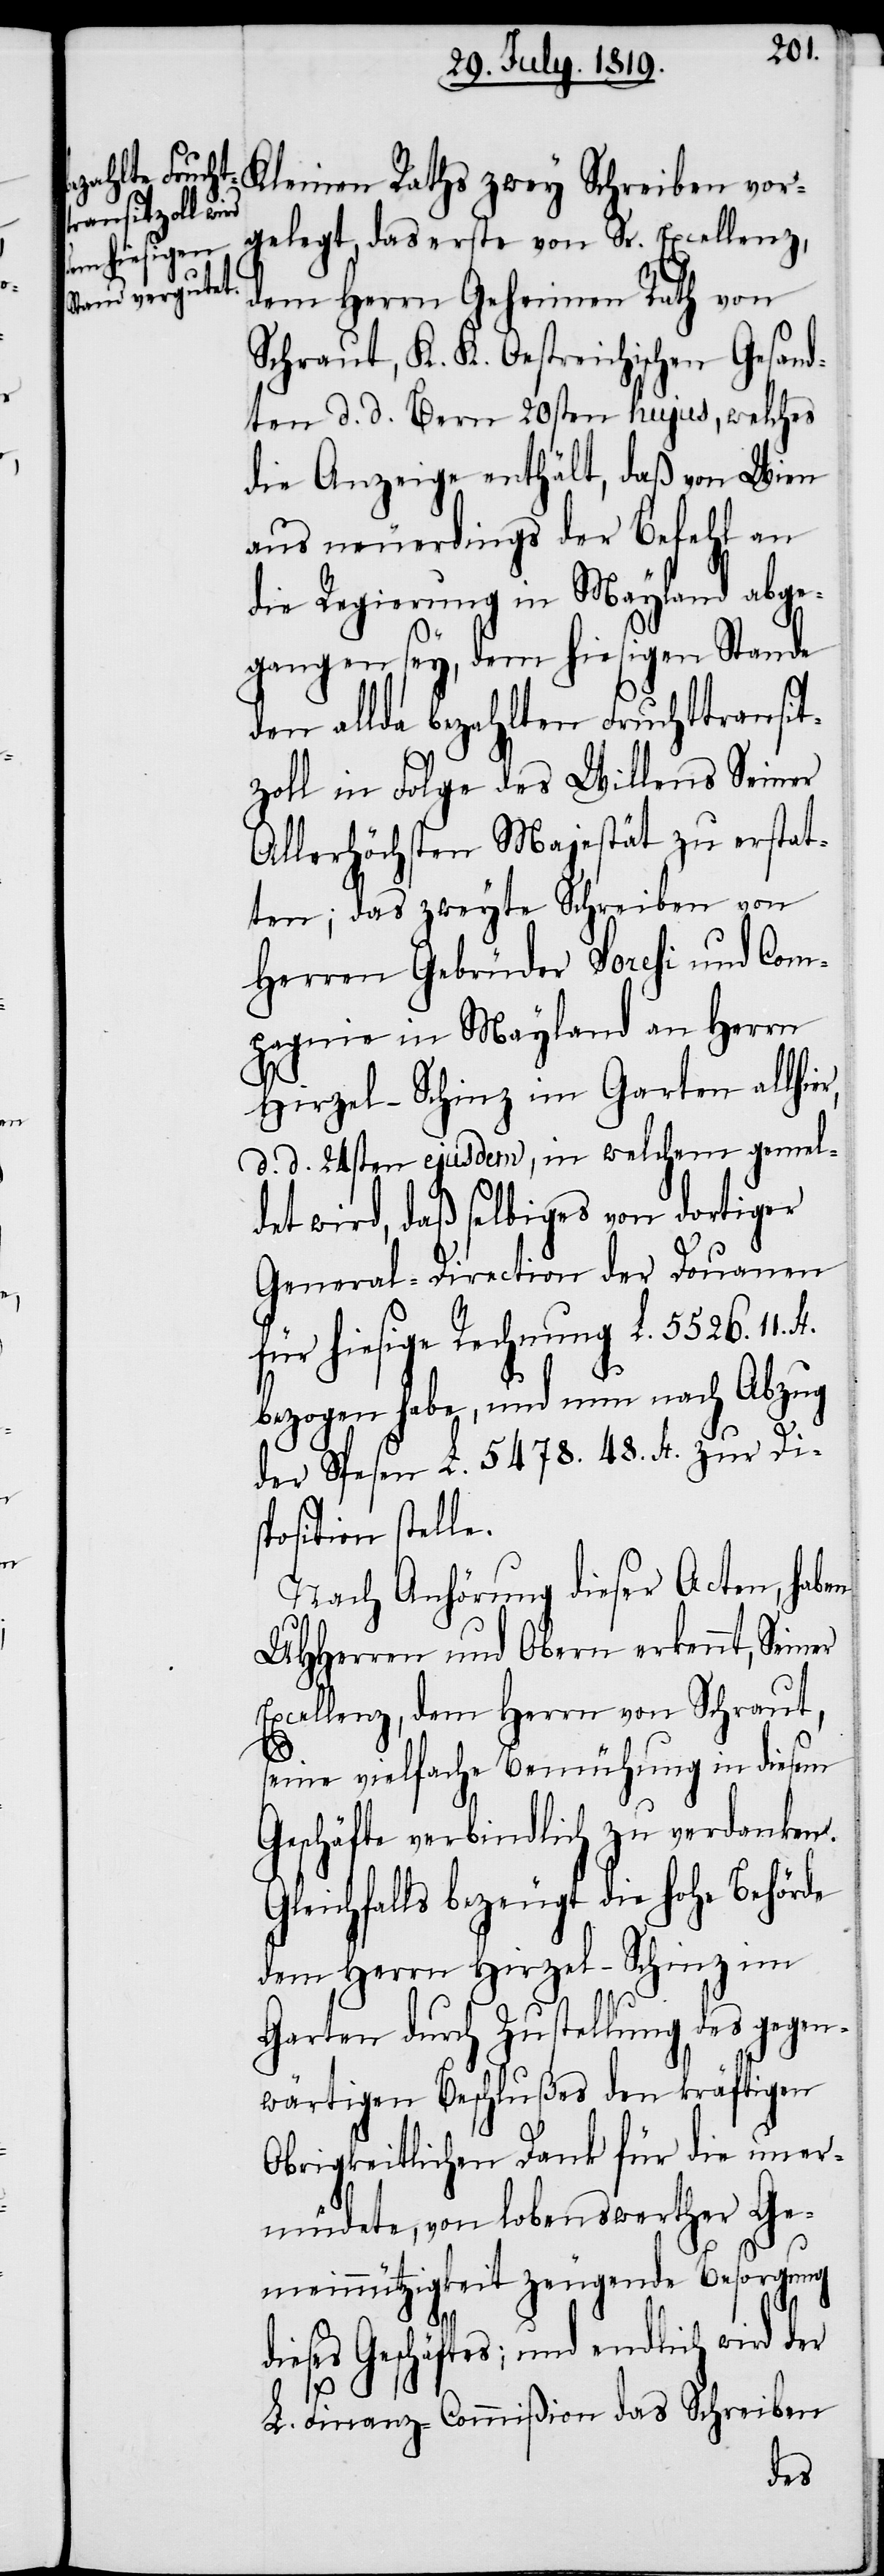
gelegt das erste von Sr. Excellenz,
dem Herrn Geheimen Rath von
Schraut, K. K. Oestreichischen Gesand¬
ten d. d. Bern 20sten hujus, welches
die Anzeige enthält, daß von Wien
aus neuerdings der Befehl an
die Regierung in Mayland abge¬
gangen sey, dem hiesigen Stande
den allda bezahlten Fruchttransit¬
zoll in Folge des Willens Seiner
Allerhöchsten Majestät zu erstat¬
ten; das zweyte Schreiben von
Herren Gebrüder Soresi und Com¬
pagnie in Mayland an Herrn
Hirzel-Schinz im Garten allhie¬
d. d. 24sten ejusdem, in welchem gemel¬
det wird, daß selbiges von dortiger
General-Direction der Douanen
für hiesige Rechnung L. 5526. 11.
bezogen habe, und nun nach Abzug
der Spesen L. 5478. 48. h. zur Dis¬
position stelle.
Nach Anhörung dieser Acten, haben
UHHerren und Obern erkennt, Seiner
Excellenz, dem Herrn von Schraut,
seine vielfache Bemühung in diesem
Geschäfte verbindlich zu verdanken.
Gleichfalls bezeugt die hohe Behörde
dem Herrn Hirzel-Schinz im
Garten durch Zustellung des gegen¬
wärtigen Beschlußes den kräftigen
Obrigkeitlichen Dank für die uner¬
müdete, von lobenswerther Ge¬
meinnützigkeit zeugende Besorgung
ieses Geschäftes; und endlich wird der
d¬
L. Finanz-Commißion das Schreiben